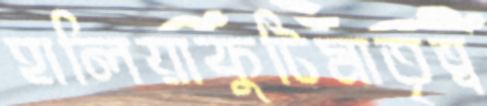
হালিয়াকুটিমাতৃত্ব